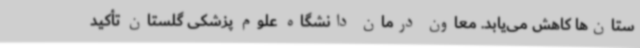
ستان‌ها کاهش می‌یابد. معاون درمان دانشگاه علوم پزشکی گلستان تأکید